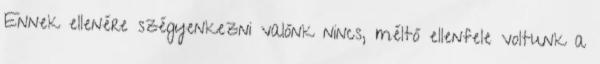
Ennek ellenére szégyenkezni valónk nincs, méltó ellenfele voltunk a